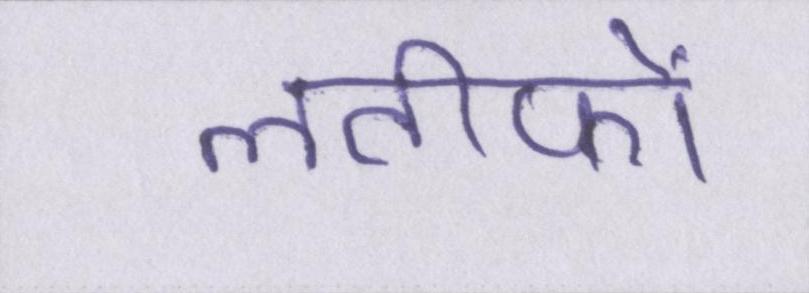
लतीफों